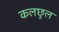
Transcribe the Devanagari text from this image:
कलछुल